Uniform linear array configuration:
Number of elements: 4
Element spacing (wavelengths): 0.5
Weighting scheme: exponential
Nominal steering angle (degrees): -45
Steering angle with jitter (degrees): -43.453
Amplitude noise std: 0.05
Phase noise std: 0.05

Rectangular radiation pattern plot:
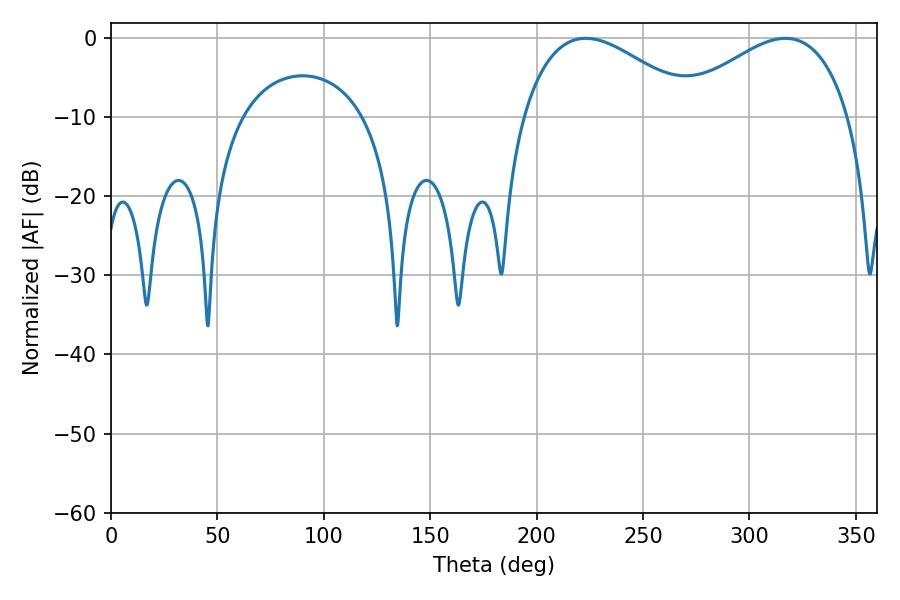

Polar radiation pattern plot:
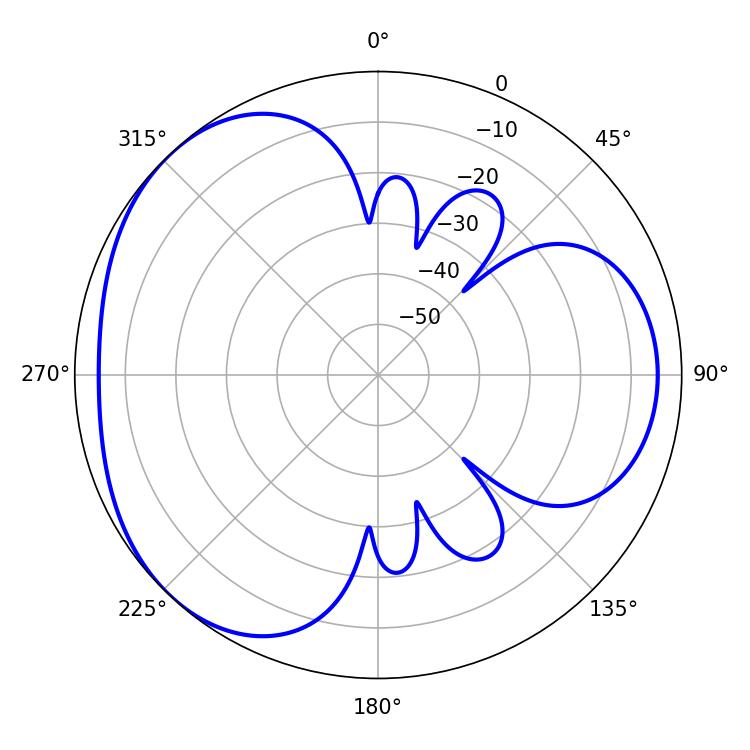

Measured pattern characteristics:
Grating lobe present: FALSE
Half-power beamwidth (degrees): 44.82
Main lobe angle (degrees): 316.98